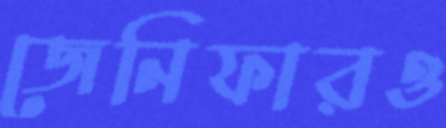
জেনিফারও